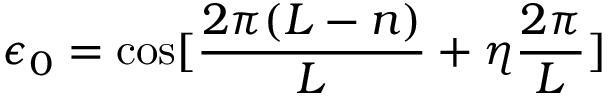
\epsilon _ { 0 } = \cos [ \frac { 2 \pi ( L - n ) } { L } + \eta \frac { 2 \pi } { L } ]